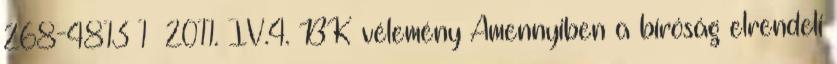
268-4813 1 2011. IV.4. BK vélemény Amennyiben a bíróság elrendeli